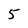
Character: 5